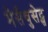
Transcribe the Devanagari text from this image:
मैसैचुसेट्स